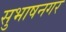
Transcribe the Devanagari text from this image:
सुभाषनगर